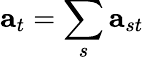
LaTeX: \mathbf{a}_{t}=\sum_{s}\mathbf{a}_{st}